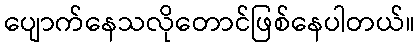
ပျောက်နေသလိုတောင်ဖြစ်နေပါတယ်။